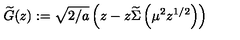
\widetilde { G } ( z ) : = \sqrt { 2 / a } \left( z - z \widetilde \Sigma \left( \mu ^ { 2 } z ^ { 1 / 2 } \right) \right)